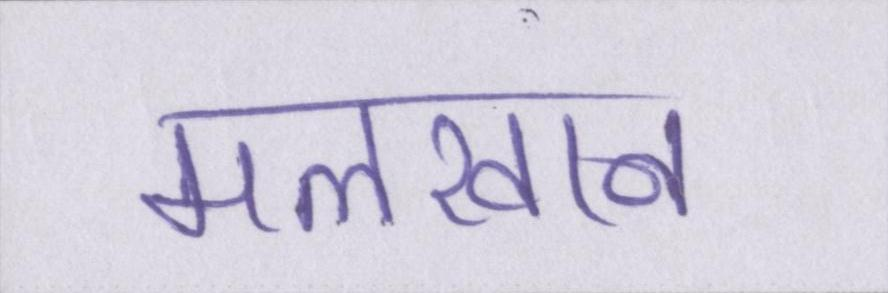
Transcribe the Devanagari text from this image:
मलखान